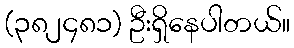
(၃၈၂၄၈၁) ဦးရှိနေပါတယ်။